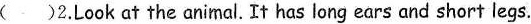
( )2.Look at the animal.It has long ears and short legs.